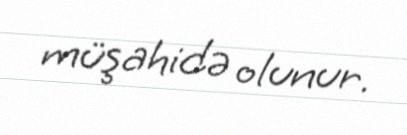
müşahidə olunur.